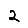
Digit: 2